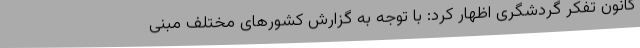
کانون تفکر گردشگری اظهار کرد: با توجه به گزارش کشورهای مختلف مبنی